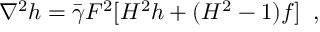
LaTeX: \nabla ^ { 2 } h = \bar { \gamma } F ^ { 2 } [ H ^ { 2 } h + ( H ^ { 2 } - 1 ) f ] \; \; ,